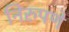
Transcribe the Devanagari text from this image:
निरुपणे